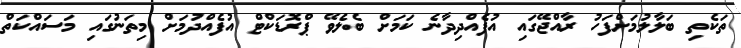
ތަކެތި ބަލާލުމަށްފަހު ރާއްޖޭގައި އުފެއްދިދާނެ ކަމަށް ބެލެވޭ ޕްރޮޑަކްޓް އުފެއްދުމަށް މިތަނުގައި މަސައްކަތް